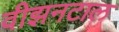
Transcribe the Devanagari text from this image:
वीझनटाल